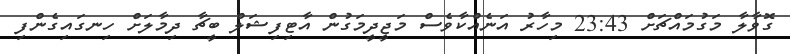
ގޮވާލާ މަގުމައްޗަށް 23:43 މިހާރު އަނެއްކާވެސް މަޖީދީމަގުން އާޓިފިޝަލް ބީޗާ ދިމާލަށް ހިނގައިގެންފި